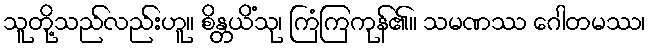
သူတို့သည်လည်းဟူ။ စိန္တယိံသု၊ ကြံကြကုန်၏။ သမဏဿ ဂေါတမဿ၊